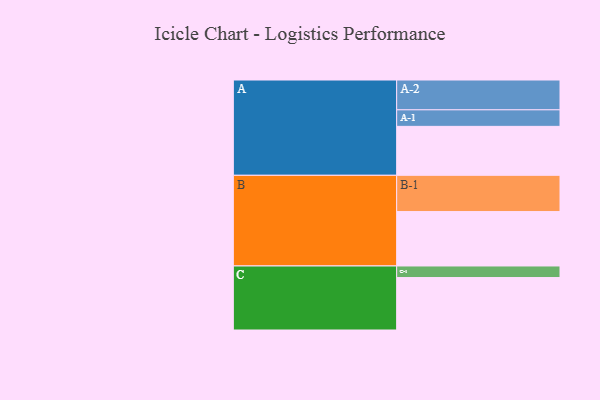
{"axis": {"x": "Segment", "y": "Value"}, "legend": ["", "A", "B", "C"], "data": [{"x": "A", "y": 402, "type": ""}, {"x": "B", "y": 447, "type": ""}, {"x": "C", "y": 431, "type": ""}, {"x": "A-1", "y": 136, "type": "A"}, {"x": "A-2", "y": 245, "type": "A"}, {"x": "B-1", "y": 298, "type": "B"}, {"x": "C-1", "y": 95, "type": "C"}]}